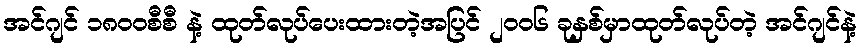
အင်ဂျင် ၁၈၀၀စီစီ နဲ့ ထုတ်လုပ်ပေးထားတဲ့အပြင် ၂၀၀၆ ခုနှစ်မှာထုတ်လုပ်တဲ့ အင်ဂျင်နဲ့